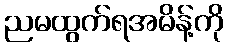
ညမထွက်ရအမိန့်ကို